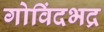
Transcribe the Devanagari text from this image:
गोविंदभद्र